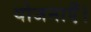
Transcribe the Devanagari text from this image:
योजनाएँ।